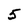
Character: 5